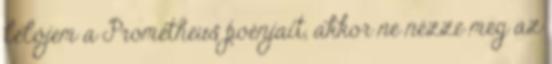
lelőjem a Prometheus poénjait, akkor ne nézze meg az